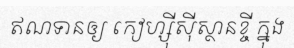
ឥណទានឲ្យ កៀហ្ស៊ីស៊ីស្ថានខ្ចី ក្នុង